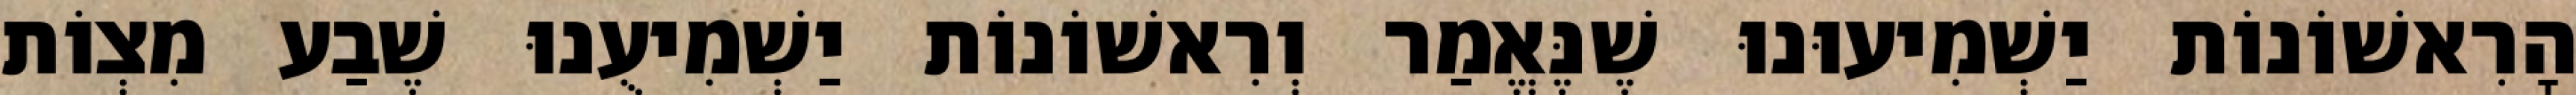
הָרִאשׁוֹנוֹת יַשְׁמִיעוּנוּ שֶׁנֶּאֱמַר וְרִאשׁוֹנוֹת יַשְׁמִיעֻנוּ שֶׁבַע מִצְוֹת